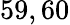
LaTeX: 59,60